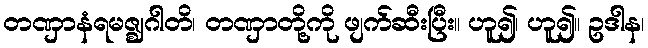
တဏှာနံရမဇ္ဈဂါတိ၊ တဏှာတို့ကို ဖျက်ဆီးပြီး။ ဟူ၍၊ ဟူ၍။ ဥဒါန၊